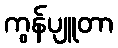
ကွန်ပျူတာ